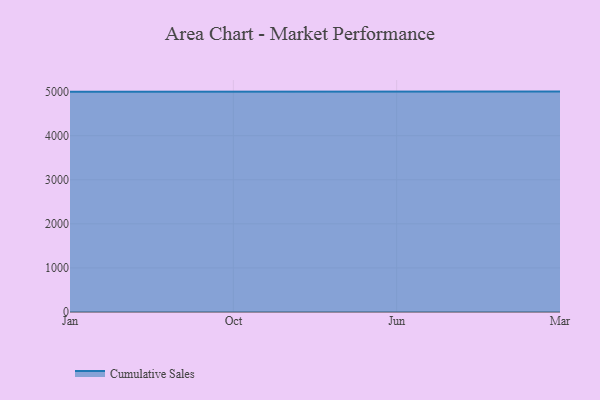
{"axis": {"x": "Month", "y": "Population (Million)"}, "legend": ["Cumulative Sales"], "data": [{"x": "Jan", "y": 4996.9, "type": "Cumulative Sales"}, {"x": "Oct", "y": 5000, "type": "Cumulative Sales"}, {"x": "Jun", "y": 5000, "type": "Cumulative Sales"}, {"x": "Mar", "y": 5000, "type": "Cumulative Sales"}]}